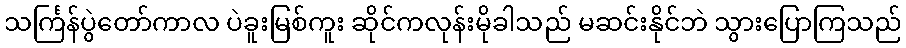
သင်္ကြန်ပွဲတော်ကာလ ပဲခူးမြစ်ကူး ဆိုင်ကလုန်းမိုခါသည် မဆင်းနိုင်ဘဲ သွားပြောကြသည်